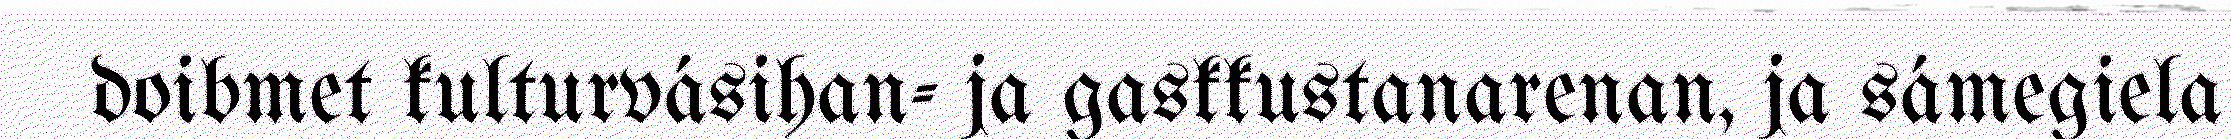
doibmet kulturvásihan- ja gaskkustanarenan, ja sámegiela